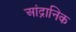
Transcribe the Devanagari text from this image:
आंद्रानिक